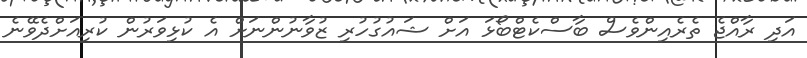
އަދި ރާއްޖެ ތެރެއިންވެސް ބާސްކެޓްބޯޅަ އަށް ޝައުގުހުރި ޒުވާނުންނަށް އެ ކުޅިވަރުން ކުރިއަށްދެވޭނެ